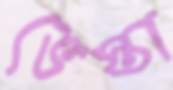
ভেস্তা